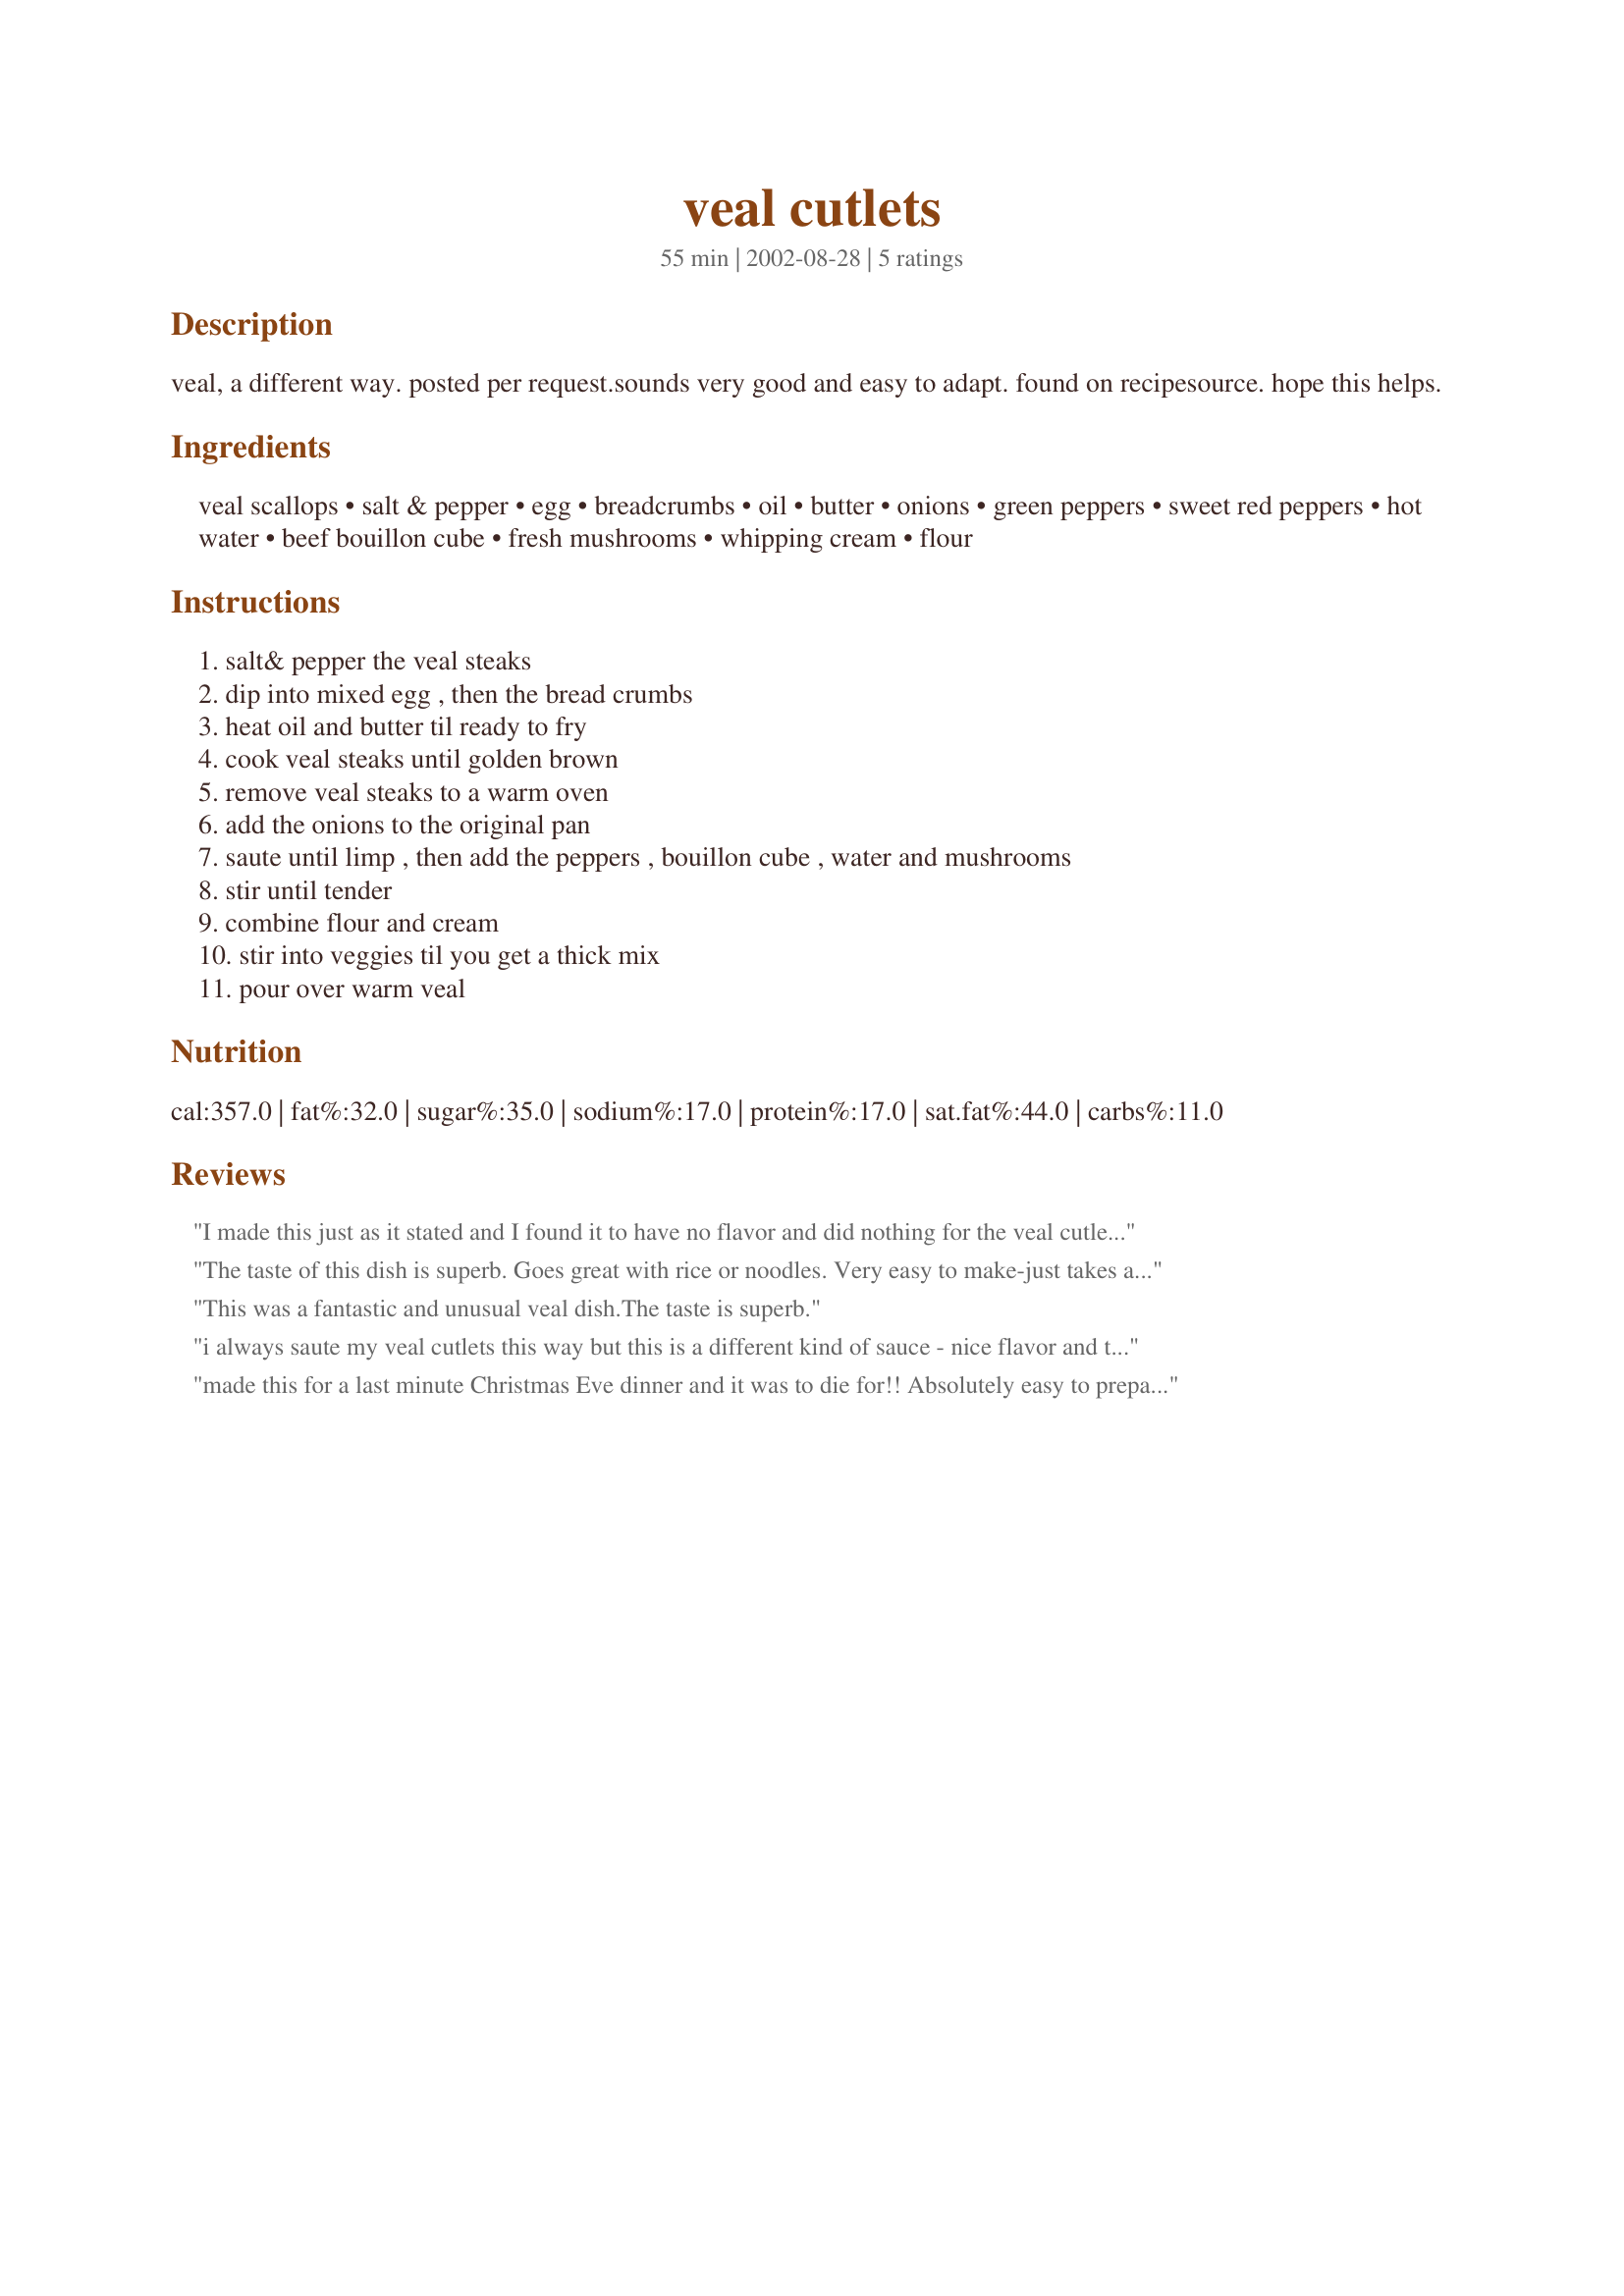
veal cutlets
Preparation time: 55 minutes

veal, a different way. posted per request.sounds very good and easy to adapt. found on recipesource. hope this helps.

Ingredients:
veal scallops, salt & pepper, egg, breadcrumbs, oil, butter, onions, green peppers, sweet red peppers, hot water, beef bouillon cube, fresh mushrooms, whipping cream, flour

Steps:
salt& pepper the veal steaks, dip into mixed egg , then the bread crumbs, heat oil and butter til ready to fry, cook veal steaks until golden brown, remove veal steaks to a warm oven, add the onions to the original pan, saute until limp , then add the peppers , bouillon cube , water and mushrooms, stir until tender, combine flour and cream, stir into veggies til you get a thick mix, pour over warm veal

Reviews:
I made this just as it stated and I found it to have no flavor and did nothing for the veal cutletts. Sorry, but just not for me.
The taste of this dish is superb. Goes great with rice or noodles. Very easy to make-just takes a bit more time.
My husband and I enjoy the sauce with peppers and onions over other dishes, too, like chicken breasts, round steak, cubed steak, etc.

This was a fantastic and unusual veal dish.The taste is superb.
i always saute my veal cutlets this way but this is a different kind of sauce - nice flavor and texture and very colorful with the peppers
made this for a last minute Christmas Eve dinner and it was to die for!! Absolutely easy to prepare, served it over angel hair pasta and served 4 adults for under $20.00. Outstanding!!
